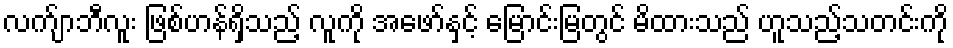
လက်ျာဘီလူး ဖြစ်ဟန်ရှိသည့် လူကို အဖော်နှင့် မြောင်းမြတွင် မိထားသည် ဟူသည့်သတင်းကို